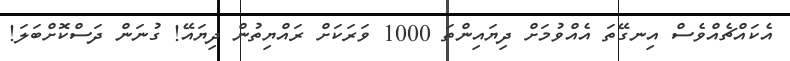
އެކައްޗެއްވެސް އިނގޭތަ އެއްވުމަށް ދިޔައިންތަ 1000 ވަރަކަށް ރައްޔިތުން ދިޔައޭ! ގުނަން ދަސްކޮށްބަލަ!